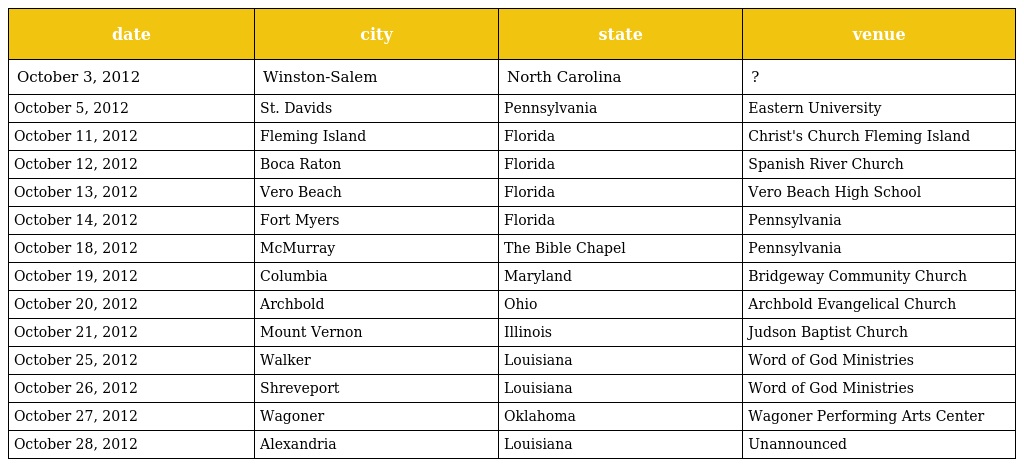
| date | city | state | venue |
 | --- | --- | --- | --- |
 | October 3, 2012 | Winston-Salem | North Carolina | ? |
 | October 5, 2012 | St. Davids | Pennsylvania | Eastern University |
 | October 11, 2012 | Fleming Island | Florida | Christ's Church Fleming Island |
 | October 12, 2012 | Boca Raton | Florida | Spanish River Church |
 | October 13, 2012 | Vero Beach | Florida | Vero Beach High School |
 | October 14, 2012 | Fort Myers | Florida | Pennsylvania |
 | October 18, 2012 | McMurray | The Bible Chapel | Pennsylvania |
 | October 19, 2012 | Columbia | Maryland | Bridgeway Community Church |
 | October 20, 2012 | Archbold | Ohio | Archbold Evangelical Church |
 | October 21, 2012 | Mount Vernon | Illinois | Judson Baptist Church |
 | October 25, 2012 | Walker | Louisiana | Word of God Ministries |
 | October 26, 2012 | Shreveport | Louisiana | Word of God Ministries |
 | October 27, 2012 | Wagoner | Oklahoma | Wagoner Performing Arts Center |
 | October 28, 2012 | Alexandria | Louisiana | Unannounced |